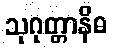
သုဂုတ္တာနိဓ